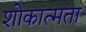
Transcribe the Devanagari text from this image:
शोकात्मता